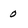
Character: O